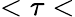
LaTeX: <\tau<